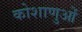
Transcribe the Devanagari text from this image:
कोशाणुओं